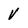
Character: v